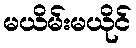
မယိမ်းမယိုင်